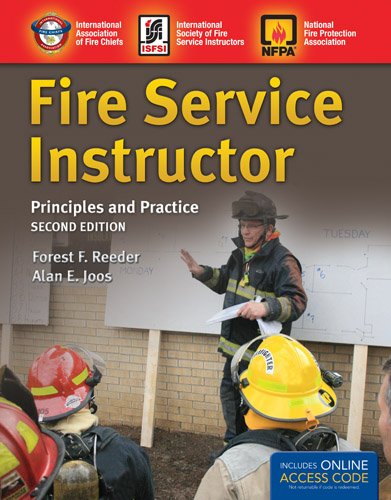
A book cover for Fire Service Instructor: Principles and Practice, 2nd Edition; IAFC; Engineering & Transportation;